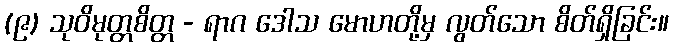
(၉) သုဝိမုတ္တစိတ္တ - ရာဂ ဒေါသ မောဟတို့မှ လွတ်သော စိတ်ရှိခြင်း။